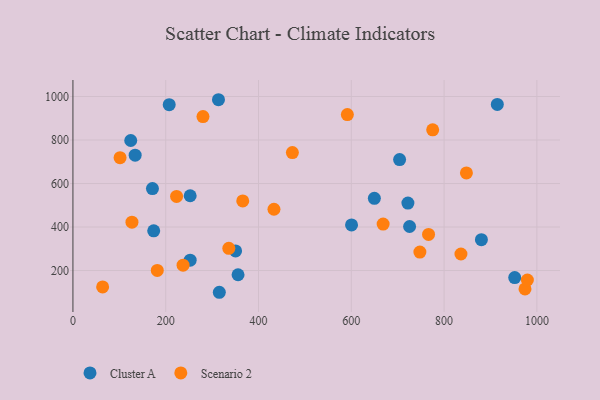
{"axis": {"x": "Study Hours", "y": "Demand"}, "legend": ["Cluster A", "Scenario 2"], "data": [{"x": "350.6", "y": 290.0, "type": "Cluster A"}, {"x": "207.5", "y": 962.6, "type": "Cluster A"}, {"x": "725.6", "y": 402.4, "type": "Cluster A"}, {"x": "952.2", "y": 167.9, "type": "Cluster A"}, {"x": "134.1", "y": 730.2, "type": "Cluster A"}, {"x": "914.7", "y": 963.6, "type": "Cluster A"}, {"x": "649.7", "y": 531.9, "type": "Cluster A"}, {"x": "722.0", "y": 510.3, "type": "Cluster A"}, {"x": "252.7", "y": 247.6, "type": "Cluster A"}, {"x": "355.9", "y": 180.7, "type": "Cluster A"}, {"x": "313.7", "y": 985.2, "type": "Cluster A"}, {"x": "252.7", "y": 543.7, "type": "Cluster A"}, {"x": "704.1", "y": 710.3, "type": "Cluster A"}, {"x": "315.5", "y": 100.1, "type": "Cluster A"}, {"x": "171.4", "y": 576.7, "type": "Cluster A"}, {"x": "600.5", "y": 409.7, "type": "Cluster A"}, {"x": "124.6", "y": 797.7, "type": "Cluster A"}, {"x": "174.1", "y": 382.4, "type": "Cluster A"}, {"x": "880.4", "y": 342.1, "type": "Cluster A"}, {"x": "775.4", "y": 847.0, "type": "Scenario 2"}, {"x": "366.0", "y": 520.2, "type": "Scenario 2"}, {"x": "101.6", "y": 718.7, "type": "Scenario 2"}, {"x": "237.4", "y": 224.8, "type": "Scenario 2"}, {"x": "591.5", "y": 917.1, "type": "Scenario 2"}, {"x": "668.6", "y": 413.7, "type": "Scenario 2"}, {"x": "974.4", "y": 115.3, "type": "Scenario 2"}, {"x": "280.3", "y": 907.9, "type": "Scenario 2"}, {"x": "766.5", "y": 366.1, "type": "Scenario 2"}, {"x": "127.2", "y": 422.3, "type": "Scenario 2"}, {"x": "473.0", "y": 742.3, "type": "Scenario 2"}, {"x": "223.4", "y": 540.9, "type": "Scenario 2"}, {"x": "433.3", "y": 481.7, "type": "Scenario 2"}, {"x": "848.1", "y": 648.7, "type": "Scenario 2"}, {"x": "64.0", "y": 124.6, "type": "Scenario 2"}, {"x": "181.8", "y": 200.6, "type": "Scenario 2"}, {"x": "747.8", "y": 285.0, "type": "Scenario 2"}, {"x": "336.0", "y": 302.3, "type": "Scenario 2"}, {"x": "979.5", "y": 156.6, "type": "Scenario 2"}, {"x": "836.3", "y": 276.1, "type": "Scenario 2"}]}